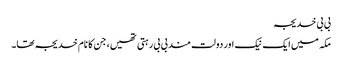
بی بی خدیجہ
مکہ میں ایک نیک اور دولت مند بی بی رہتی تھیں، جن کا نام خدیجہ تھا۔